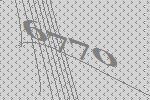
6770